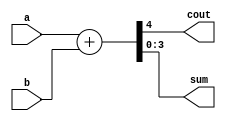
`timescale 1ns / 1ps
//////////////////////////////////////////////////////////////////////////////////
// Company: 
// Engineer: 
// 
// Design Name: 
// Module Name: ADDER
// Project Name: 
// Target Devices: 
// Tool Versions: 
// Description: 
// 
// Dependencies: 
// 
// Revision:
// Revision 0.01 - File Created
// Additional Comments:
// 
//////////////////////////////////////////////////////////////////////////////////


module ADDER(a,b,cout,sum);

input [3:0] a,b;
output [3:0] sum;
output cout;
//reg cout;
//reg sum;


assign {cout, sum}=a+b;

endmodule